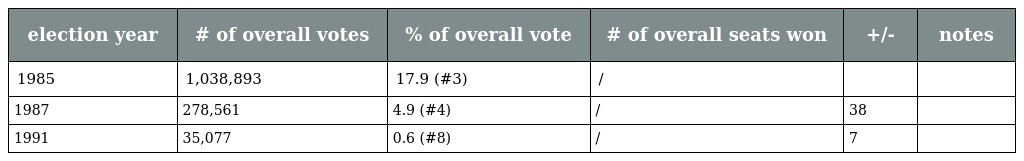
| election year | # of overall votes | % of overall vote | # of overall seats won | +/- | notes |
 | --- | --- | --- | --- | --- | --- |
 | 1985 | 1,038,893 | 17.9 (#3) | / |  |  |
 | 1987 | 278,561 | 4.9 (#4) | / | 38 |  |
 | 1991 | 35,077 | 0.6 (#8) | / | 7 |  |